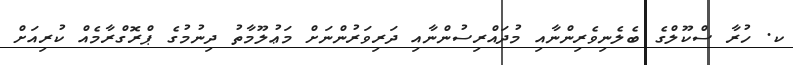
ކ. ހުރާ ސްކޫލްގެ ބެލެނިވެރިންނާއި މުދައްރިސުންނާއި ދަރިވަރުންނަށް މަޢުލޫމާތު ދިނުމުގެ ޕްރޮގްރާމެއް ކުރިއަށް